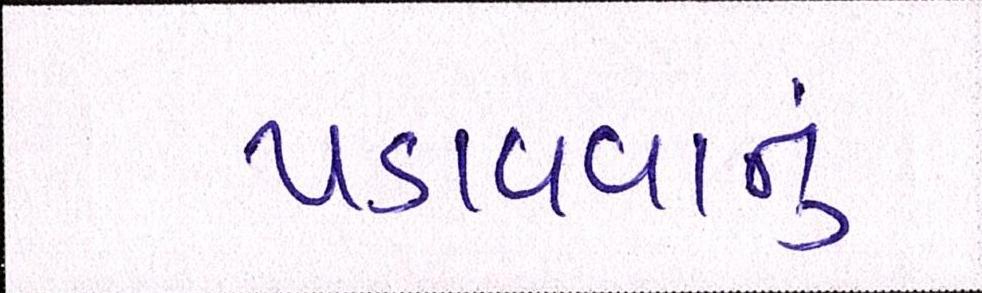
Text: પડાવવાનું